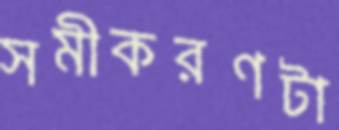
সমীকরণটা